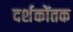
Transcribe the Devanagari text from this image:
दर्शकोंतक